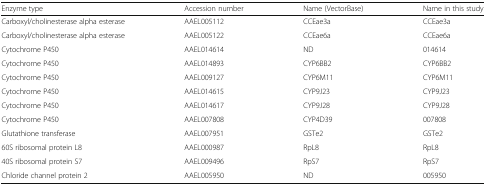
<table><thead><tr><td><b>Enzyme type</b></td><td><b>Accession number</b></td><td><b>Name (VectorBase)</b></td><td><b>Name in this study</b></td></tr></thead><tbody><tr><td>Carboxyl/cholinesterase alpha esterase</td><td>AAEL005112</td><td>CCEae3a</td><td>CCEae3a</td></tr><tr><td>Carboxyl/cholinesterase alpha esterase</td><td>AAEL005122</td><td>CCEae6a</td><td>CCEae6a</td></tr><tr><td>Cytochrome P450</td><td>AAEL014614</td><td>ND</td><td>014614</td></tr><tr><td>Cytochrome P450</td><td>AAEL014893</td><td>CYP6BB2</td><td>CYP6BB2</td></tr><tr><td>Cytochrome P450</td><td>AAEL009127</td><td>CYP6M11</td><td>CYP6M11</td></tr><tr><td>Cytochrome P450</td><td>AAEL014615</td><td>CYP9J23</td><td>CYP9J23</td></tr><tr><td>Cytochrome P450</td><td>AAEL014617</td><td>CYP9J28</td><td>CYP9J28</td></tr><tr><td>Cytochrome P450</td><td>AAEL007808</td><td>CYP4D39</td><td>007808</td></tr><tr><td>Glutathione transferase</td><td>AAEL007951</td><td>GSTe2</td><td>GSTe2</td></tr><tr><td>60S ribosomal protein L8</td><td>AAEL000987</td><td>RpL8</td><td>RpL8</td></tr><tr><td>40S ribosomal protein S7</td><td>AAEL009496</td><td>RpS7</td><td>RpS7</td></tr><tr><td>Chloride channel protein 2</td><td>AAEL005950</td><td>ND</td><td>005950</td></tr></tbody></table>